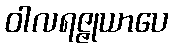
ဝါလရဇ္ဇုယာပေ